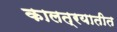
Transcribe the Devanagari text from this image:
कालत्रयातीत